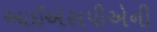
આઈએસપીએની